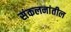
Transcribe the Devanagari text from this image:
संकलनांतील